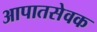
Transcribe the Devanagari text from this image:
आपातसेवक